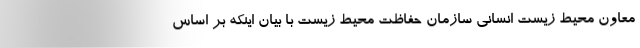
معاون محیط‌ زیست انسانی سازمان حفاظت محیط‌ زیست با بیان اینکه بر اساس